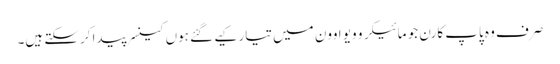
صرف وہ پاپ کارن جو مائیکرو ویو اوون میں تیار کیے گئے ہوں کینسر پیدا کرسکتے ہیں۔